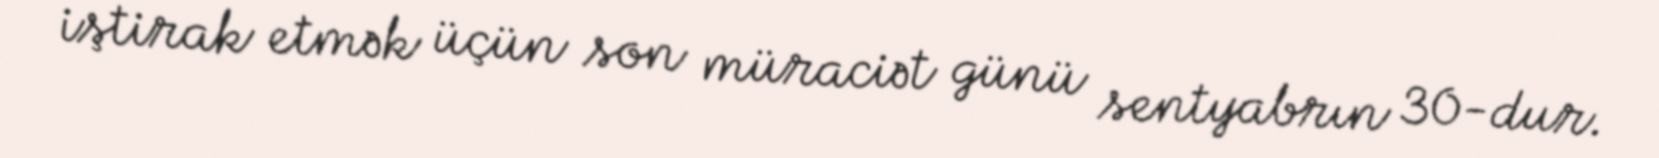
iştirak etmək üçün son müraciət günü sentyabrın 30-dur.